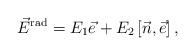
LaTeX: \begin{align*}\vec{E}^{\rm rad}=E_1 \vec{e}+E_2\left[\vec{n}, \vec{e}\right],\end{align*}